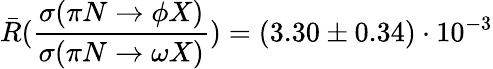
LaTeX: \bar{R}(\frac{\sigma(\pi N\to\phi X)}{\sigma(\pi N\to\omega X)})=(3.30\pm 0.34)\cdot 10^{-3}